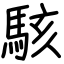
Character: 駭